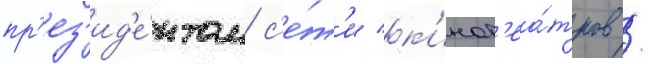
пр'ез'ид'е́нтом с'е́т'и к'инот'еа́тров /